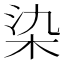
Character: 染